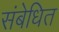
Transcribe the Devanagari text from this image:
संबेधित